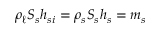
\rho _ { \ell } S _ { s } h _ { s i } = \rho _ { s } S _ { s } h _ { s } = m _ { s }